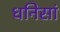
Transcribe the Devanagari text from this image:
धनिसां